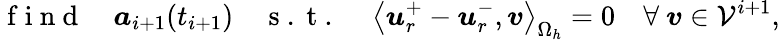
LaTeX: \mathrm{~f~i~n~d~}\quad\boldsymbol{a}_{i+1}(t_{i+1})\quad\mathrm{~s~.~t~.~}\quad\left<\boldsymbol{u}_{r}^{+}-\boldsymbol{u}_{r}^{-},\boldsymbol{v}\right>_{\Omega_{h}}=0\quad\forall\mathrm{~}\boldsymbol{v}\in\mathcal{V}^{i+1},